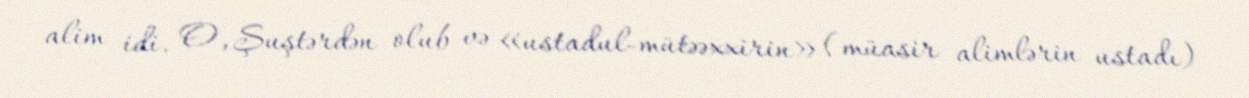
alim idi. O, Şuştərdən olub və «ustadul-mütəəxxirin» (müasir alimlərin ustadı)